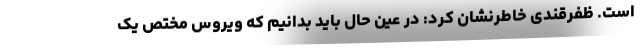
است. ظفرقندی خاطرنشان کرد: در عین حال باید بدانیم که ویروس مختص یک